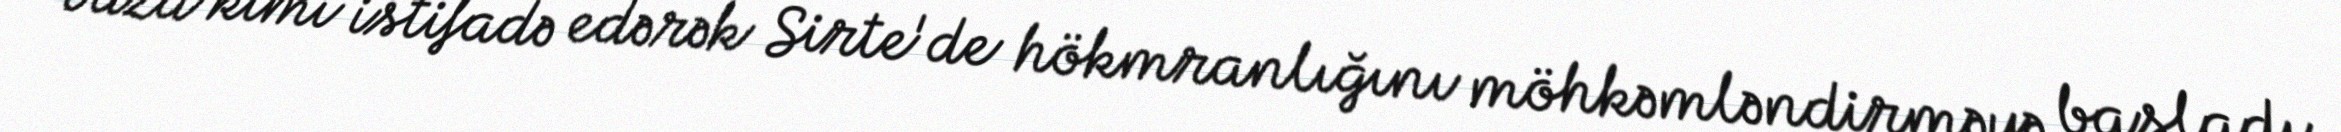
baza kimi istifadə edərək Sirte'de hökmranlığını möhkəmləndirməyə başladı.